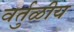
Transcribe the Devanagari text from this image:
वर्तुळीय